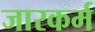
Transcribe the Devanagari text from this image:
जारकर्म